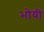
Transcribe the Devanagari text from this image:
भोयी